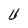
Character: U